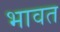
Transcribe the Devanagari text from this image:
भावत